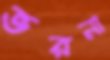
ভরনা